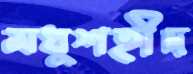
মধুশহীদ